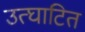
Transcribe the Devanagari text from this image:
उत्घाटित